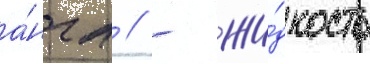
а́нгл // - жи́дкость